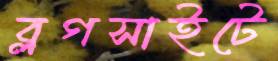
ব্লগসাইটে